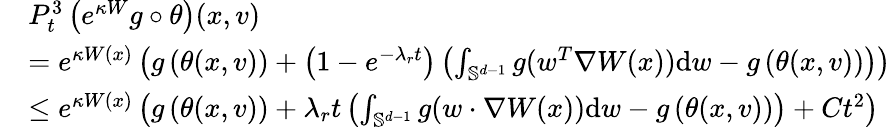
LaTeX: \begin{array}{rl}&{P_{t}^{3}\left(e^{\kappa W}g\circ\theta\right)(x,v)}\\ &{=e^{\kappa W(x)}\left(g\left(\theta(x,v)\right)+\left(1-e^{-\lambda_{r}t}\right)\left(\int_{\mathbb S^{d-1}}g(w^{T}\nabla W(x))\mathrm{d}w-g\left(\theta(x,v)\right)\right)\right)}\\ &{\leq e^{\kappa W(x)}\left(g\left(\theta(x,v)\right)+\lambda_{r}t\left(\int_{\mathbb S^{d-1}}g(w\cdot\nabla W(x))\mathrm{d}w-g\left(\theta(x,v)\right)\right)+Ct^{2}\right)}\end{array}